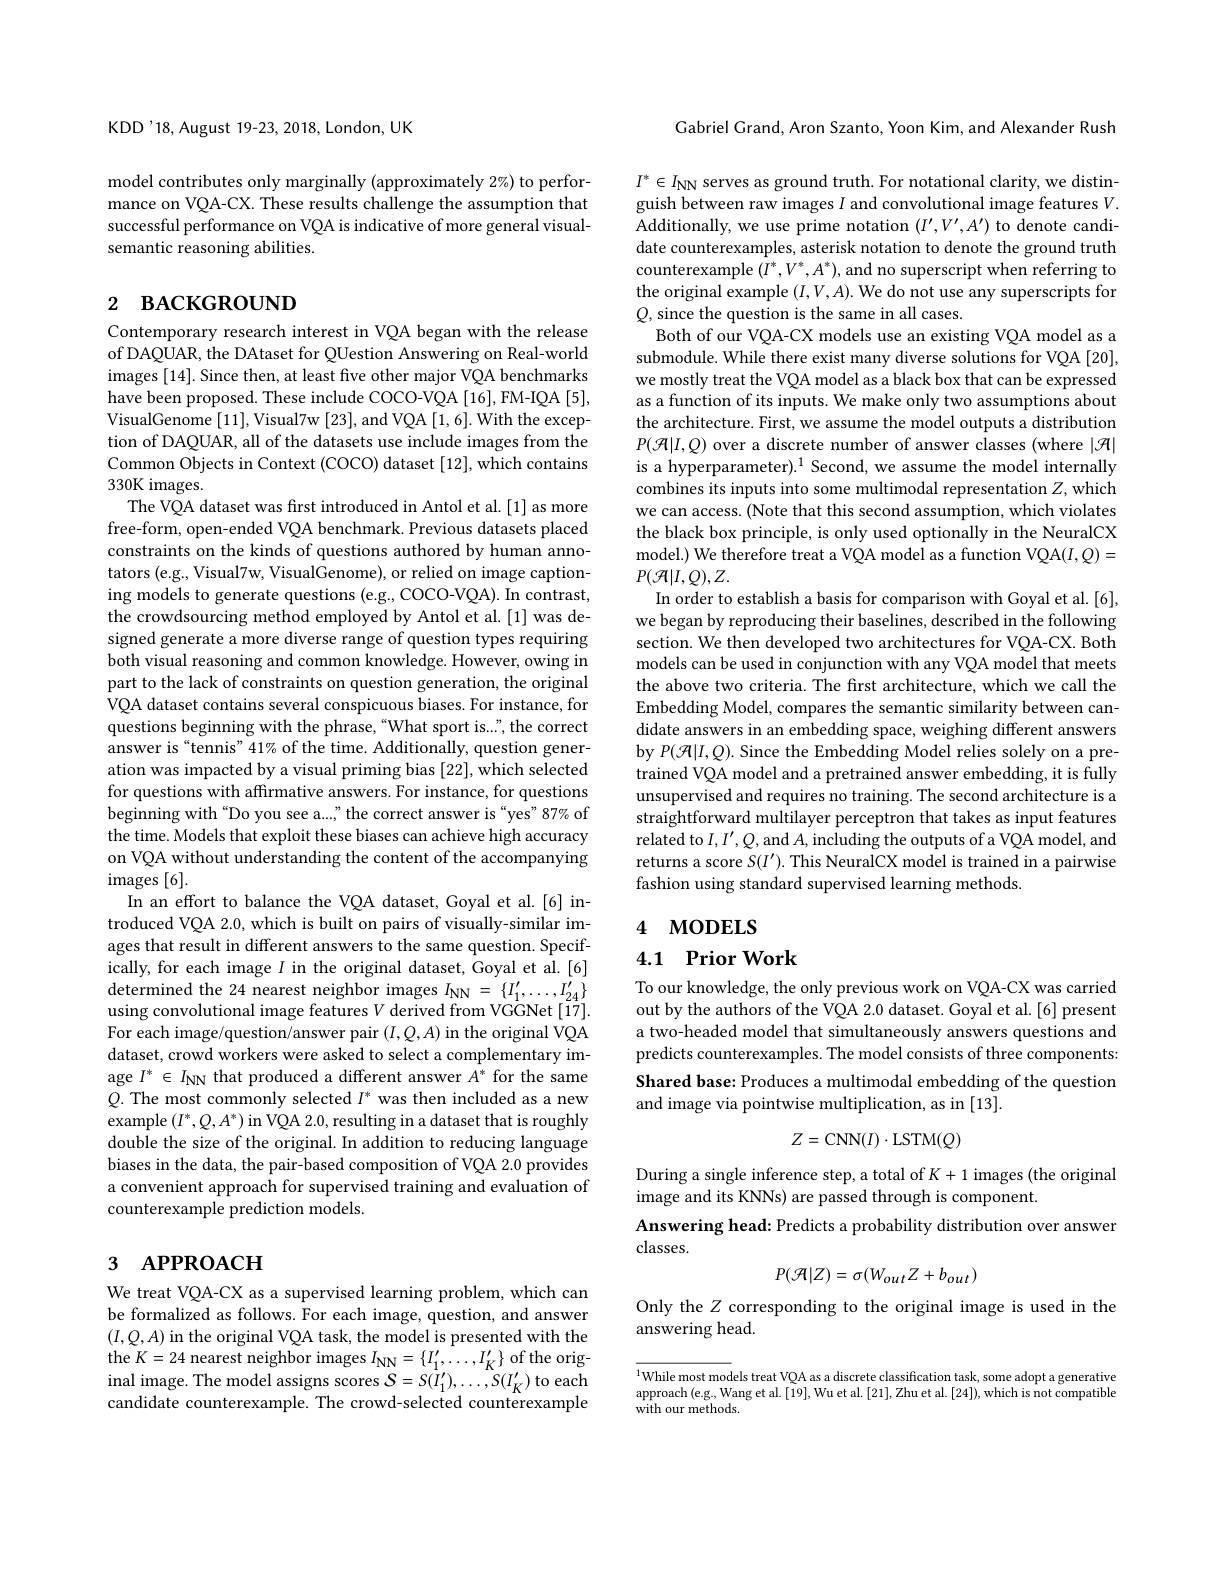
KDD'18, August 19-23, 2018, London, UK

model contributes only marginally (approximately 2%) to performance on VQA-CX. These results challenge the assumption that successful performance on VQA is indicative of more general visualsemantic reasoning abilities.

# 2 васкєкооимр

Contemporary research interest in VQA began with the release of DAQUAR, the DAtaset for QUestion Answering on Real-world images [14]. Since then, at least five other major VQA benchmarks have been proposed. These include COCO-VQA [16], FM-IQA [5], VisualGenome[11],Visual7w[23],and VQA$[\tilde{1},6].$With the exception of DAQUAR, all of the datasets use include images from the Common Objects in Context (COCO) dataset [12], which contains 330K images.
The VQA dataset was first introduced in Antol et al. [1] as more free-form, open-ended VQA benchmark. Previous datasets placed constraints on the kinds of questions authored by human annotators (e.g., Visual7w, VisualGenome), or relied on image captioning models to generate questions (e.g., COCO-VQA). In contrast, the crowdsourcing method employed by Antol et al.[1] was designed generate a more diverse range of question types requiring both visual reasoning and common knowledge. However, owing in part to the lack of constraints on question generation, the original VQA dataset contains several conspicuous biases. For instance, for questions beginning with the phrase,“What sport is...", the correct answer is“tennis”41% of the time. Additionally, question generation was impacted by a visual priming bias [22], which selected for questions with affirmative answers. For instance, for questions beginning with“Do you see a...," the correct answer is“yes”87% of the time. Models that exploit these biases can achieve high accuracy on VQA without understanding the content of the accompanying $\operatorname{images}[6].$
In an effort to balance the VQA dataset, Goyal et al.[6] introduced VQA 2.0, which is built on pairs of visually-similar images that result in different answers to the same question. Specifically, for each image $I$ in the original dataset, Goyal et al.[6] $\operatorname*{determined~the~24~nearest~neighbor~images~}I_{\mathrm{NN}}=\{I_{1}^{\prime},\ldots,I_{24}^{\prime}\}$ using convolutional image features $V$ derived from VGGNet[17]. For each image/question/answer pair $(I,Q,A)$ in the original VQA dataset, crowd workers were asked to select a complementary image $I^*\in I_{\mathrm{NN}}$ that produced a different answer $A^*$ for the same $Q.$ The most commonly selected $I^*$ was then included as a new example $(I^*,Q,A^*)$ in VQA 2.0, resulting in a dataset that is roughly double the size of the original. In addition to reducing language biases in the data, the pair-based composition of VQA 2.0 provides a convenient approach for supervised training and evaluation of counterexample prediction models.

## 3 APPROACH

We treat VQA-CX as a supervised learning problem, which can be formalized as follows. For each image, question, and answer $(I,Q,A)$ in the original VQA task, the model is presented with the the $K=24$ nearest neighbor images $I_{\mathrm{NN}}=\{I_1^{\prime},\ldots,I_K^{\prime}\}$ of the original image. The model assigns scores $\mathcal{S} = S( \bar{I} _{1}^{\prime }) , \ldots , S( I_{K}^{\prime })$ to each candidate counterexample. The crowd-selected counterexample

Gabriel Grand, Aron Szanto, Yoon Kim, and Alexander Rush

$I^*\in I_{\mathrm{NN}}$ serves as ground truth. For notational clarity, we distinguish between raw images $I$ and convolutional image features $V.$ Additionally, we use prime notation $(I^{\prime},V^{\prime},A^{\prime})$ to denote candidate counterexamples, asterisk notation to denote the ground truth counterexample $(I^*,V^*,A^*)$, and no superscript when referring to the original example $(I,V,A).$ We do not use any superscripts for $Q$, since the question is the same in all cases.
Both of our VQA-CX models use an existing VQA model as a submodule. While there exist many diverse solutions for VQA [20], we mostly treat the VQA model as a black box that can be expressed as a function of its inputs. We make only two assumptions about the architecture. First, we assume the model outputs a distribution $P(\mathcal{H}|I,Q)$ over a discrete number of answer classes (where $|\mathcal{H}|$ is a hyperparameter). $^1$ Second, we assume the model internally combines its inputs into some multimodal representation $Z$,which we can access. (Note that this second assumption, which violates the black box principle, is only used optionally in the NeuralCX model.) We therefore treat a VQA model as a function VQA($I,Q)=$ $P(\mathcal{H}|I,Q),Z.$
In order to establish a basis for comparison with Goyal et al.[6], we began by reproducing their baselines, described in the following section. We then developed two architectures for VQA-CX. Both models can be used in conjunction with any VQA model that meets the above two criteria. The first architecture, which we call the Embedding Model, compares the semantic similarity between candidate answers in an embedding space, weighing different answers by $P(\mathcal{H}|I,Q).$ Since the Embedding Model relies solely on a pretrained VQA model and a pretrained answer embedding, it is fully unsupervised and requires no training. The second architecture is a straightforward multilayer perceptron that takes as input features related to $I,I^{\prime},Q$,and $A$,including the outputs of a VQA model, and returns a score $S(I^\prime).$ This NeuralCX model is trained in a pairwise fashion using standard supervised learning methods.
4 MODELS

4.1 Prior Work

To our knowledge, the only previous work on VQA-CX was carried out by the authors of the VQA 2.0 dataset. Goyal et al. [6] present a two-headed model that simultaneously answers questions and predicts counterexamples. The model consists of three components: Shared base: Produces a multimodal embedding of the question and image via pointwise multiplication, as in [13].
$$Z=\mathrm{CNN}(I)\cdot\mathrm{LSTM}(Q)$$
During a single inference step, a total of $K+1$ images (the original
image and its KNNs) are passed through is component
Answering head: Predicts a probability distribution over answer
classes.
$$P(\mathcal{A}|Z)=\sigma(W_{out}Z+b_{out})$$
Only the $Z$ corresponding to the original image is used in the
answering head.

${^{1}\text{While most models treat VQA as a discrete classification task, some adopt a generative}}$ approach$\left ( \mathrm{e. g. }, \mathrm{Wang~et~al. }[ 19] , \mathrm{Wu~et~al. }[ 21] , \mathrm{Zhu~et~al. }[ 24] \right ) $,which is not compatible with our methods.